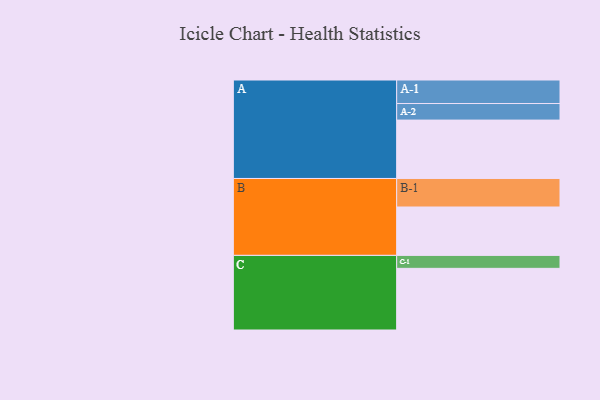
{"axis": {"x": "Segment", "y": "Value"}, "legend": ["", "A", "B", "C"], "data": [{"x": "A", "y": 536, "type": ""}, {"x": "B", "y": 444, "type": ""}, {"x": "C", "y": 566, "type": ""}, {"x": "A-1", "y": 216, "type": "A"}, {"x": "A-2", "y": 152, "type": "A"}, {"x": "B-1", "y": 262, "type": "B"}, {"x": "C-1", "y": 119, "type": "C"}]}